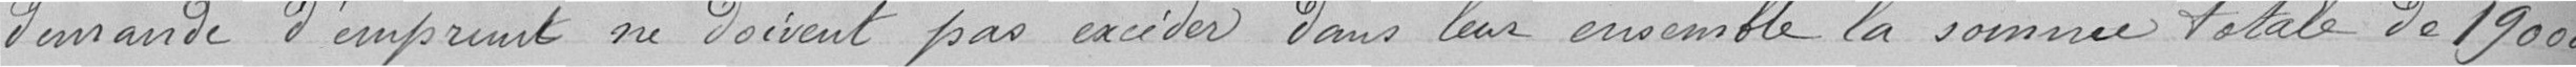
demande d'emprunt ne doivent pas excéder dans leur ensemble la somme totale de 1900000 francs